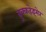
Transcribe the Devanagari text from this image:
ब्रुक्कहेइमेर